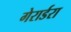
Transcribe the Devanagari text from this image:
गेरार्डरा